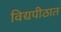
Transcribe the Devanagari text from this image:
विद्यपीठात